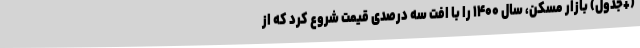
(+جدول) بازار مسکن، سال ۱۴۰۰ را با افت سه درصدی قیمت شروع کرد که از